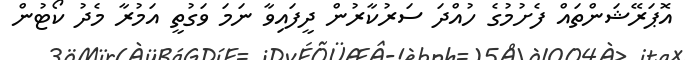
އޮޕަރޭޝަންތައް ފެށުމުގެ ހުއްދަ ސަރުކާރުން ދީފައިވާ ނަމަ ވަގުތީ އަމުރާ މެދު ކޯޓުން